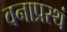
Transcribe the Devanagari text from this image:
वनाप्रस्थं